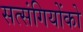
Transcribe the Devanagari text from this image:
सत्‍संगियोंको